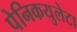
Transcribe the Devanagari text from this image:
पेनिकयुलेटा